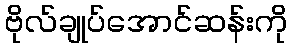
ဗိုလ်ချုပ်အောင်ဆန်းကို